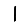
Digit: 1